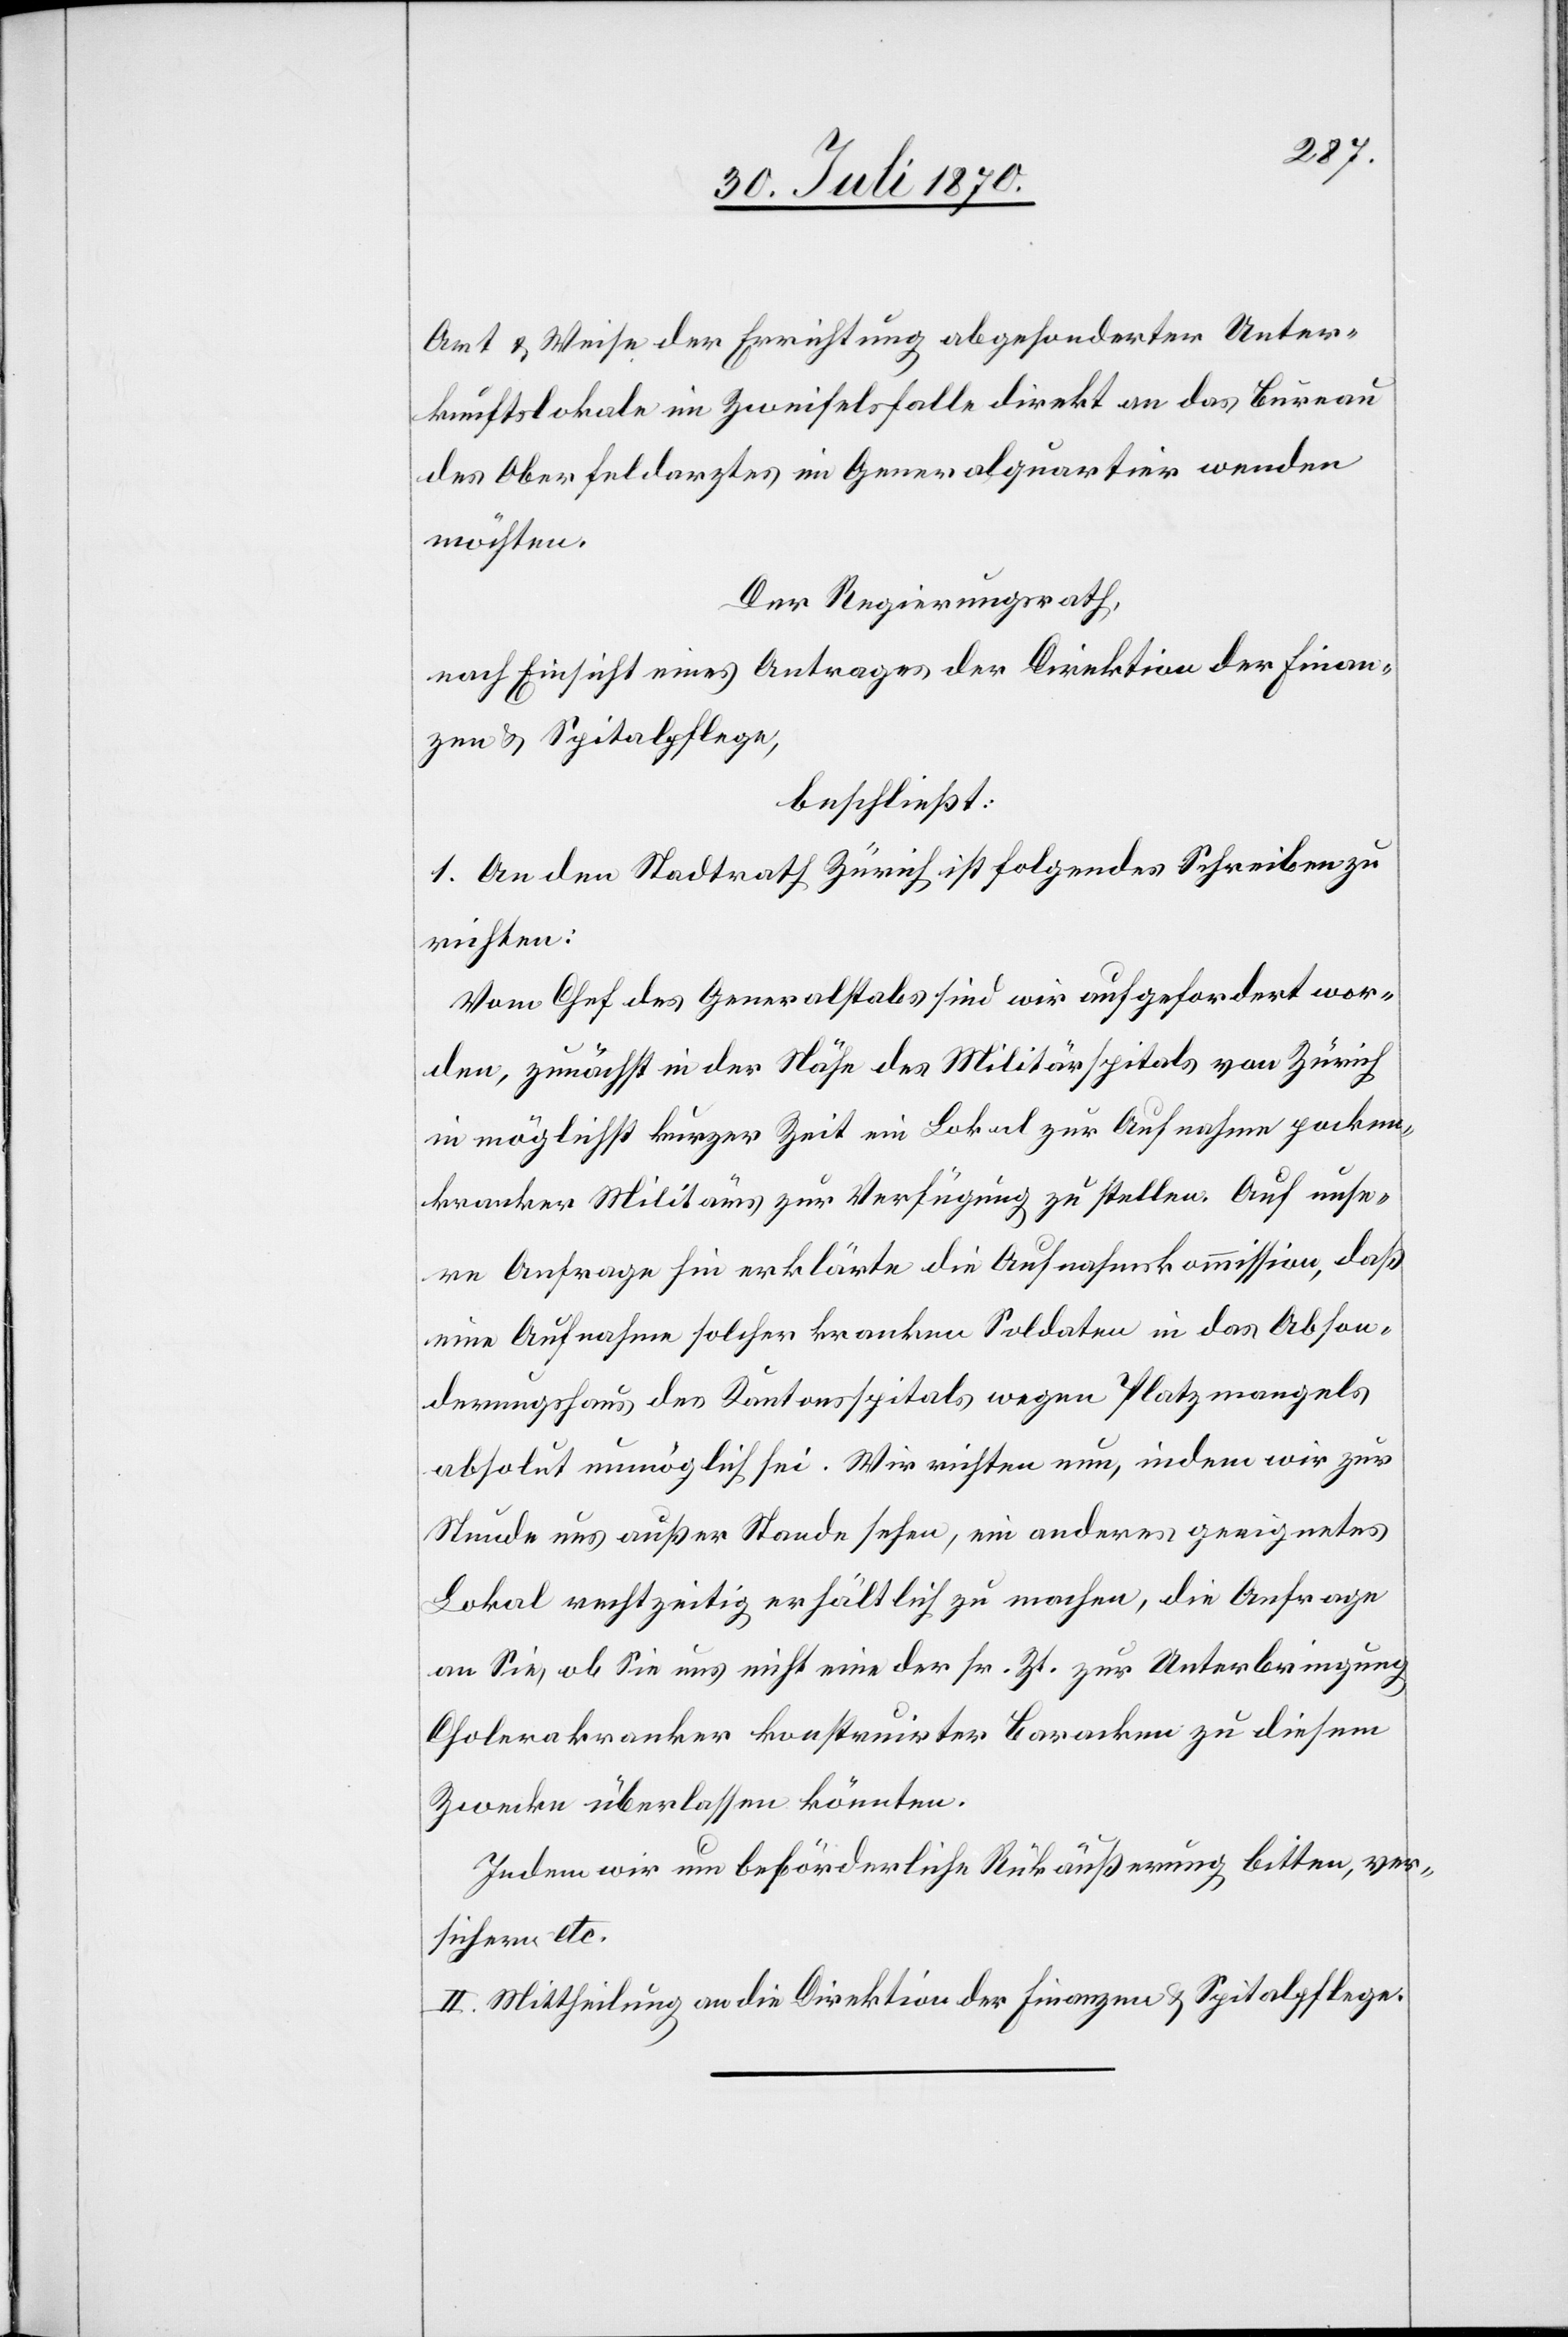
Art & Weise der Errichtung abgesonderter Unter¬
kunftslokale im Zweifelsfalle direkt an das Bureau
des Oberfeldarztes im Generalquartier wenden
möchten.
Der Regierungsrath,
nach Einsicht eines Antrages der Direktion der Finan¬
zen & Spitalpflege,
beschließt:
1. An den Stadtrath Zürich ist folgendes Schreiben zur
richten:
Vom Chef des Generalstabs sind wir aufgefordert wor¬
den, zunächst in der Nähe des Militärspitals von Zürich
in möglichst kurzer Zeit ein Lokal zur Aufnahme pocken¬
kranker Militärs zur Verfügung zu stellen. Auf unse¬
re Anfrage hin erklärte die Aufnahmskommission, daß
eine Aufnahme solcher kranken Soldaten in das Abson¬
derungshaus des Kantonsspitals wegen Platzmangels
absolut unmöglich sei. Wir richten nun, indem wir zur
Stunde uns außer Stande sehen, ein andere geeignetes
Lokal rechtzeitig erhältlich zu machen, die Anfrage
an Sie, ob Sie uns nicht eine der sr. Zt. zur Unterbringung
Cholerakranker konstruirter Baracken zu diesem
Zwecke überlassen könnten.
Indem wir um beförderliche Rückäußerung bitten, ver¬
sichern etc.
II. Mittheilung an die Direktion der Finanzen & Spitalpflege.